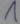
Text: 1